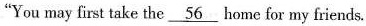
“You may first take the \underline{56} home for my friends.